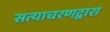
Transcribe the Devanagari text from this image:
सत्याचरणद्वारा